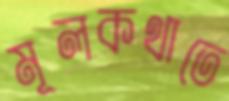
মূলকথাতে